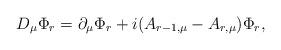
LaTeX: \begin{align*}D_\mu \Phi_r = \partial_\mu \Phi_r + i (A_{r-1,\mu} - A_{r,\mu}) \Phi_r,\end{align*}